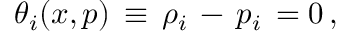
\theta _ { i } ( x , p ) \, \equiv \, \rho _ { i } \, - \, p _ { i } \, = 0 \, ,